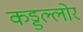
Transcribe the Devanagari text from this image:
कड्डल्लोर